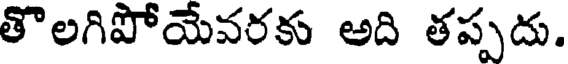
తొలగిపోయేవరకు అది తప్పదు.